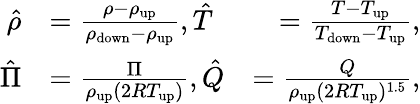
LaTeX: \begin{array}{rlr}{\hat{\rho}}&{=\frac{\rho-\rho_{\mathrm{{up}}}}{\rho_{\mathrm{down}}-\rho_{\mathrm{{up}}}},\hat{T}}&{=\frac{T-T_{\mathrm{up}}}{T_{\mathrm{{down}}}-T_{\mathrm{up}}},}\\ {\hat{\Pi}}&{=\frac{\Pi}{\rho_{\mathrm{{up}}}(2RT_{\mathrm{up}})},\hat{Q}}&{=\frac{Q}{\rho_{\mathrm{{up}}}(2RT_{\mathrm{up}})^{1.5}},}\end{array}